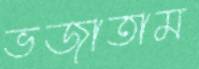
ভজাতাম